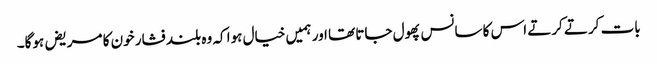
بات کرتے کرتے اس کا سانس پھول جاتا تھا اور ہمیں خیال ہوا کہ وہ بلند فشار خون کا مریض ہوگا۔